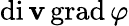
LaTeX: \operatorname{di\mathbf{v}}\operatorname{grad}\varphi